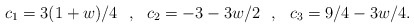
\begin{align*}c_1=3(1+w)/4\:\:\:,\:\:\:c_2=-3-3w/2\:\:\:,\:\:\:c_3=9/4-3w/4.\end{align*}